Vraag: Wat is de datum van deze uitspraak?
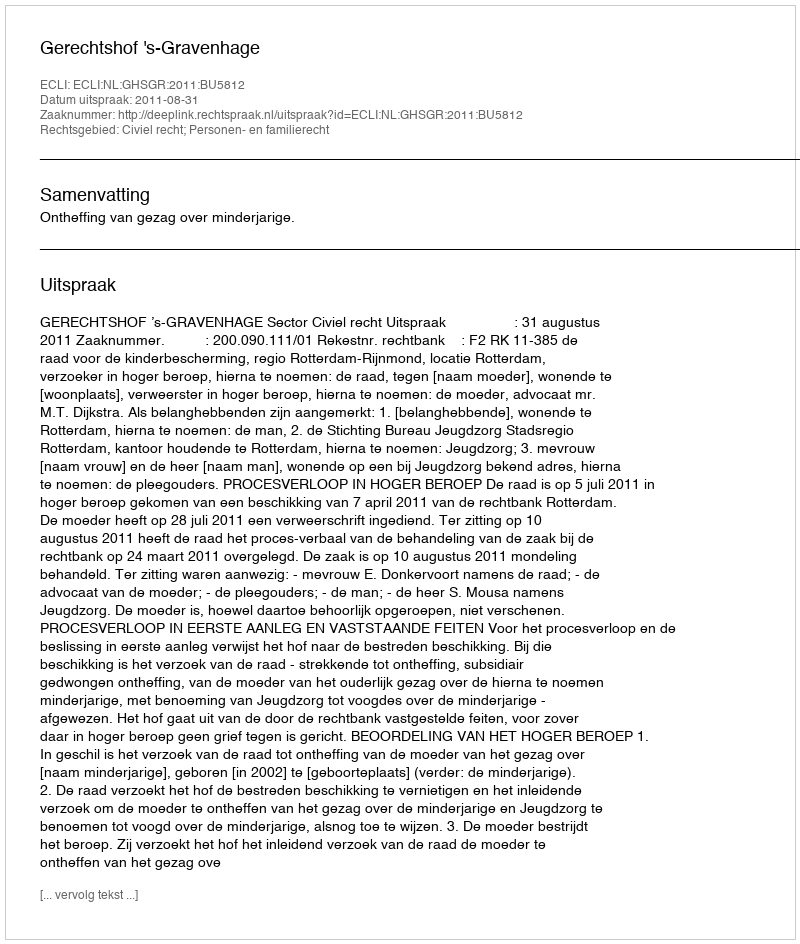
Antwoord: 2011-08-31